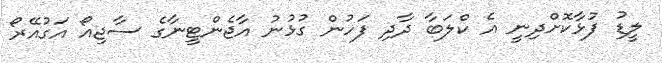
ލީޑު ފުޅާކޮށްދިނީ އެ ކްލަބާ ދާދި ފަހުން ގުޅުނު އާޖެންޓީނާގެ ސާޖިއޯ އަގުއޭރޯ